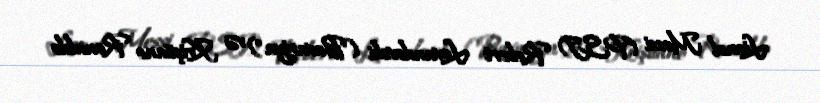
Lionel Messi (PSJ) Robert Levandovski ("Bavariya") və Kriştiano Ronaldo